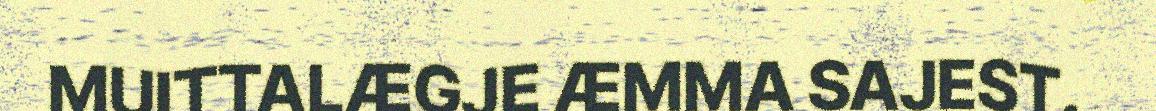
MUITTALÆGJE ÆMMA SAJEST.